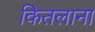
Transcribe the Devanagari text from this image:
कितलाना